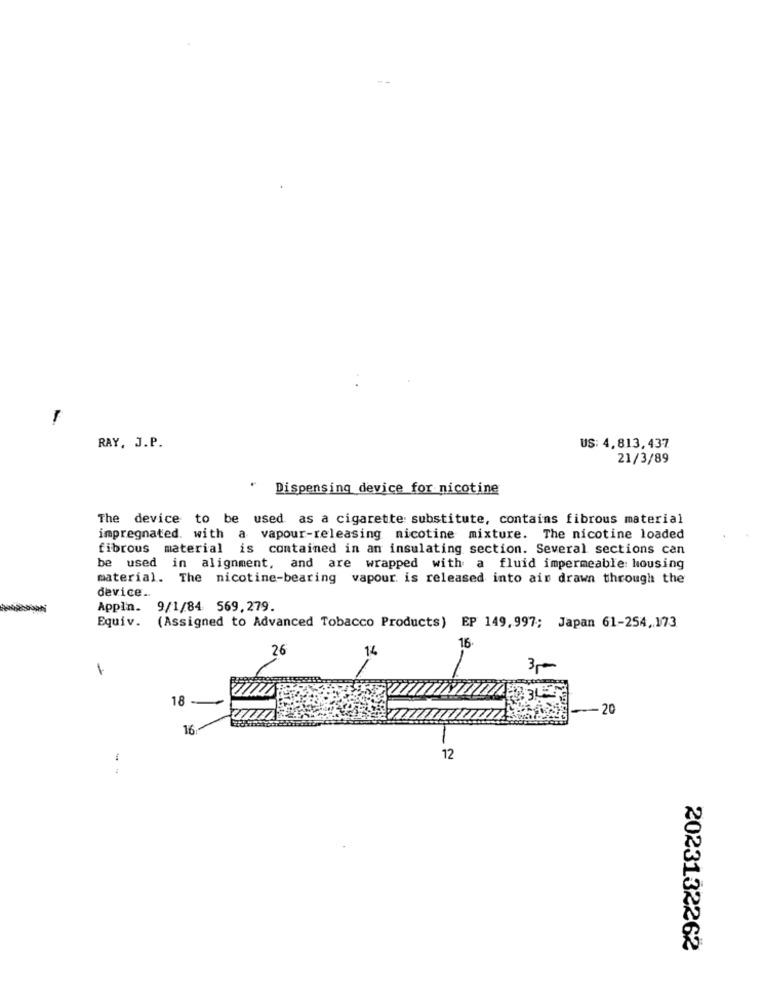
--
RAY, J.P.
US: 4,813, 437
21/3/89
Dispensing device for nicotine
The device to be used as a cigarette substitute, contains fibrous material
impregnated. with
a vapour-releasing nicotine mixture. The nicotine loaded
fibrous material is contained in an insulating section. Several sections can
be used in alignment, and are wrapped with a fluid impermeable housing
material. The nicotine-bearing vapour is released into ain drawn through the
device ..
Appln. 9/1/84 569,279.
Equiv. (Assigned to Advanced Tobacco Products) EP 149, 997; Japan 61-254,173
26
14
16
1
m
18-
--- 20
77777
16
12
2023132262